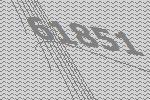
61851